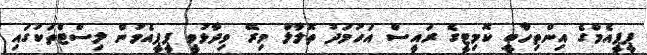
ޕީޕީއެމްގެ އިންތިހާބީ ކޮމިޓީގެ ރައީސް އަހުމަދު ތޮލާލް މިރޭ ވިދާޅުވީ ޕީޕީއެމުން ލިސްޓްތަކުގައި